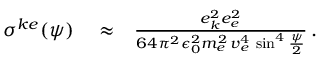
\begin{array} { r l r } { \sigma ^ { k e } ( \psi ) } & { { } \approx } & { \frac { e _ { k } ^ { 2 } e _ { e } ^ { 2 } } { 6 4 \pi ^ { 2 } \epsilon _ { 0 } ^ { 2 } m _ { e } ^ { 2 } \, v _ { e } ^ { 4 } \, \sin ^ { 4 } \frac { \psi } { 2 } } \, . } \end{array}